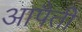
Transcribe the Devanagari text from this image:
आपैतीं